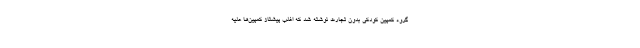
گروه کمپین کودکی بدون تجارت نوشته شد که اغلب پیشتاز کمپین‌ها علیه